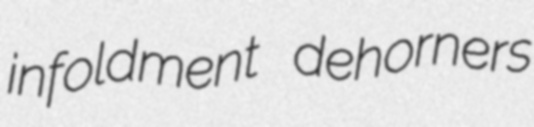
infoldment dehorners